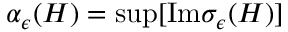
\alpha _ { \epsilon } ( H ) = \mathrm { s u p } [ \mathrm { I m } \sigma _ { \epsilon } ( H ) ]